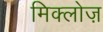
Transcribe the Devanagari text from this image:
मिक्लोज़